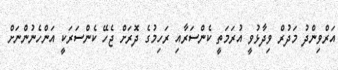
އަރްވިންދު މަދުރް ވިދާޅުވީ އުރަމަތީ ކެންސަރާއި ރަހިމުގެ ދޮރަށް ޖެހޭ ކެންސަރަކީ އަންހެނުންނަށް